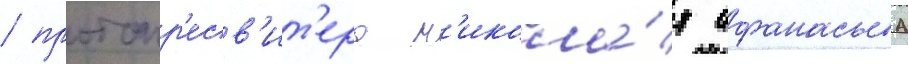
/ протопр'есв'ит'ера н'икола́я афанасьева